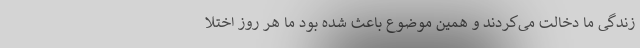
زندگی ما دخالت می‌کردند و همین موضوع باعث شده بود ما هر روز اختلا